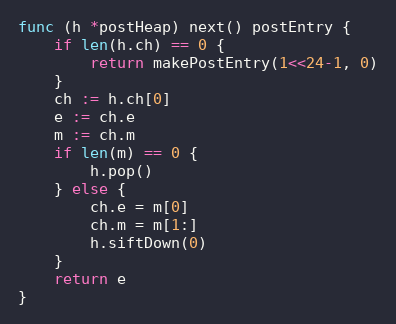
Language: Go
func (h *postHeap) next() postEntry {
	if len(h.ch) == 0 {
		return makePostEntry(1<<24-1, 0)
	}
	ch := h.ch[0]
	e := ch.e
	m := ch.m
	if len(m) == 0 {
		h.pop()
	} else {
		ch.e = m[0]
		ch.m = m[1:]
		h.siftDown(0)
	}
	return e
}